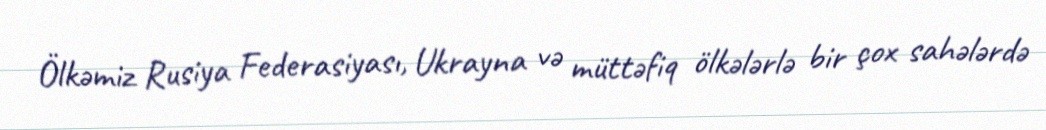
Ölkəmiz Rusiya Federasiyası, Ukrayna və müttəfiq ölkələrlə bir çox sahələrdə